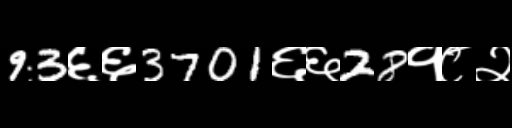
Text: 93६६3701६६28१८२